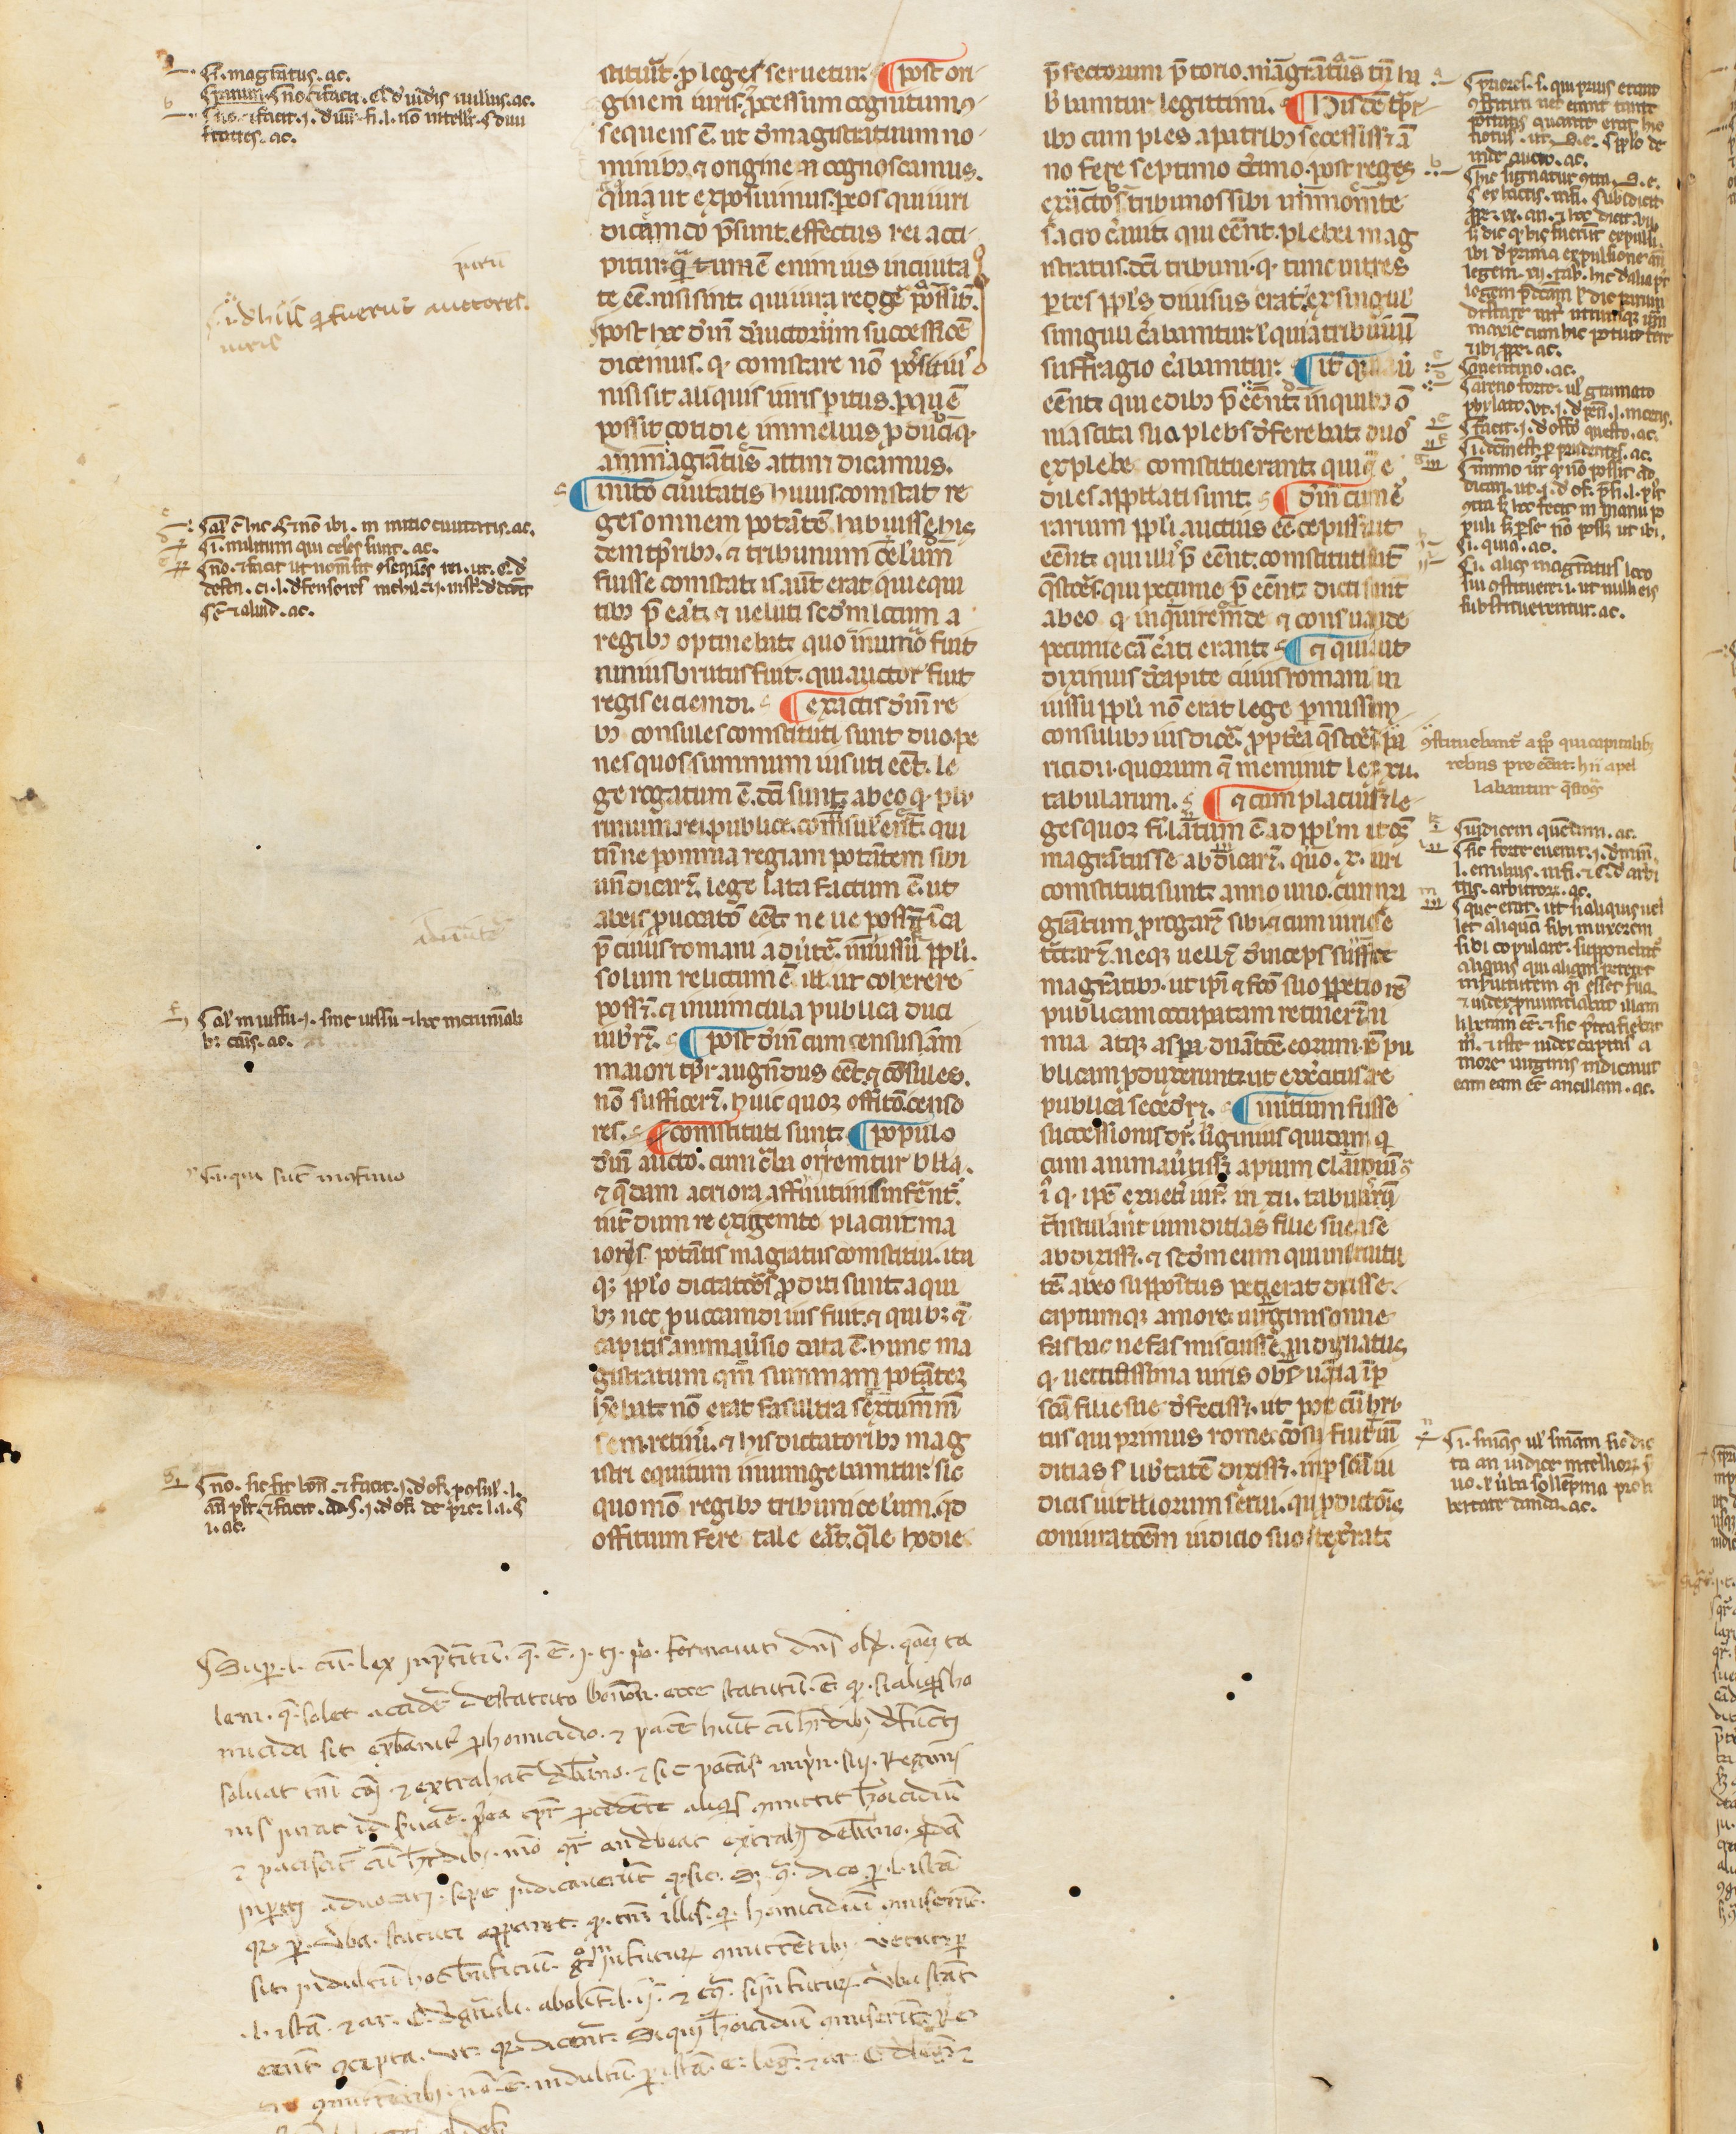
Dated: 1300–1399